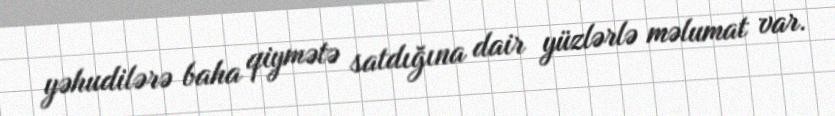
yəhudilərə baha qiymətə satdığına dair yüzlərlə məlumat var.